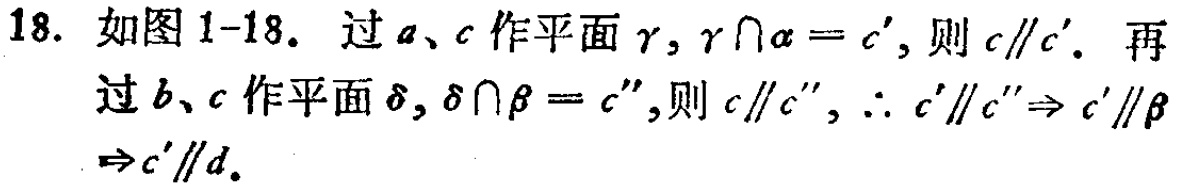
18. 如图 1-18. 过\(a\)、\(c\)作平面\(\gamma\)，\(\gamma\cap\alpha = c'\)，则\(c\parallel c'\). 再
过\(b\)、\(c\)作平面\(\delta\)，\(\delta\cap\beta = c''\)，则\(c\parallel c''\)，\(\therefore c'\parallel c''\Rightarrow c'\parallel\beta\)
\(\Rightarrow c'\parallel d\).